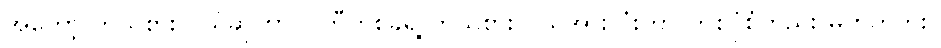
အဲတော့ ကိုယ်စားလှယ်ဆိုတာ ပါတီတစ်ခုရဲ့ ကိုယ်စားလှယ်အားလုံးဟာ တစ်ပုံစံတည်း မဟုတ်ဘူး။